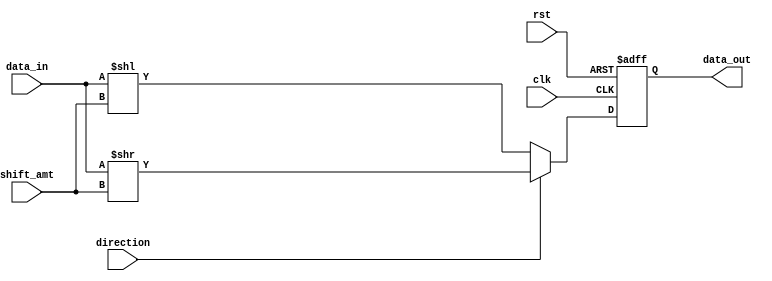
module barrel_shifter (
    input wire clk,
    input wire rst,
    input wire [3:0] shift_amt,
    input wire direction,
    input wire [7:0] data_in,
    output reg [7:0] data_out
);

always @ (posedge clk or posedge rst) begin
    if (rst) begin
        data_out <= 8'b0;
    end else begin
        if (direction) begin // right shift
            data_out <= data_in >> shift_amt;
        end else begin // left shift
            data_out <= data_in << shift_amt;
        end
    end
end

endmodule